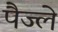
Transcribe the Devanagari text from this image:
पैज्ले